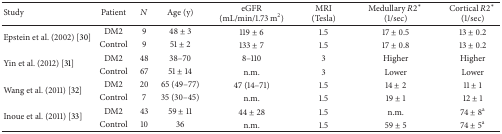
<table><thead><tr><td><b>Study</b></td><td><b>Patient</b></td><td><b><i>N</i></b></td><td><b>Age (y)</b></td><td><b>eGFR (mL/min/1.73 m2)</b></td><td><b>MRI (Tesla)</b></td><td><b>Medullary <i>R</i>2* (1/sec)</b></td><td><b>Cortical <i>R</i>2* (1/sec)</b></td></tr></thead><tbody><tr><td rowspan="2">Epstein et al. (2002) [30] </td><td>DM2</td><td>9</td><td>48 ± 3</td><td>119 ± 6</td><td>1.5</td><td>17 ± 0.5</td><td>13 ± 0.2</td></tr><tr><td>Control</td><td>9</td><td>51 ± 2</td><td>133 ± 7</td><td>1.5</td><td>17 ± 0.8</td><td>13 ± 0.2</td></tr><tr><td rowspan="2">Yin et al. (2012) [31] </td><td>DM2</td><td>48</td><td>38–70</td><td>8–110</td><td>3</td><td>Higher</td><td>Higher</td></tr><tr><td>Control</td><td>67</td><td>51 ± 14</td><td>n.m.</td><td>3</td><td>Lower</td><td>Lower</td></tr><tr><td rowspan="2">Wang et al. (2011) [32]</td><td>DM2</td><td>20</td><td>65 (49–77)</td><td>47 (14–71)</td><td>1.5</td><td>14 ± 2</td><td>11 ± 1</td></tr><tr><td>Control</td><td>7</td><td>35 (30–45)</td><td>n.m.</td><td>1.5</td><td>19 ± 1</td><td>12 ± 1</td></tr><tr><td rowspan="2">Inoue et al. (2011) [33] </td><td>DM2</td><td>43</td><td>59 ± 11</td><td>44 ± 28</td><td>1.5</td><td>n.m.</td><td>74 ± 8<sup>a</sup></td></tr><tr><td>Control</td><td>10</td><td>36</td><td>n.m.</td><td>1.5</td><td>59 ± 5</td><td>74 ± 5<sup>a</sup></td></tr></tbody></table>